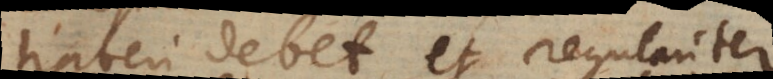
haberi debet et regulariter